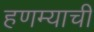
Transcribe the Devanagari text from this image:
हणम्याची